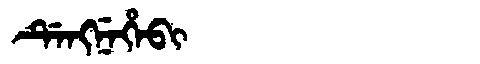
Manchu: ᡩᡝᠩᠨᡝᡥᡝᠪᡳ
Romanization: DENGNEHEBI